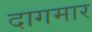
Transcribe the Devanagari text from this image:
दागमार